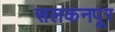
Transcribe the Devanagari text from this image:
सलकनपूर